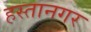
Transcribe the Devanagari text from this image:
हस्तानगर